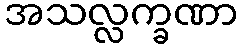
အသလ္လက္ခဏာ